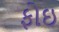
ફોઇ